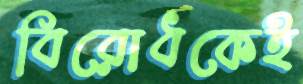
বিরোধকেই